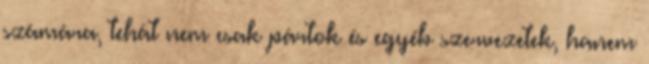
számára, tehát nem csak pártok és egyéb szervezetek, hanem